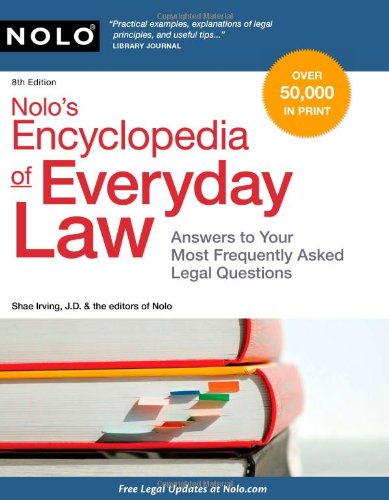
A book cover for Nolo's Encyclopedia of Everyday Law: Answers to Your Most Frequently Asked Legal Questions, 8th Edition; Shae Irving; Law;